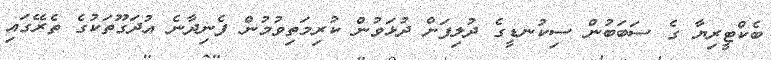
ބެކްޓީރިޔާ ގެ ސަބަބުން ސިކުނޑީގެ ދުލިފަށް ދުޅަވުން ކުރިމަތިވުމުން ފެނިދާނެ އުދަގޫތަކުގެ ތެރޭގައި